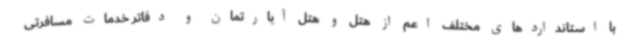
با استانداردهای مختلف اعم از هتل و هتل آپارتمان و دفاتر خدمات مسافرتی